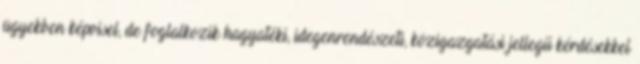
ügyekben képvisel, de foglalkozik hagyatéki, idegenrendészeti, közigazgatási jellegű kérdésekkel